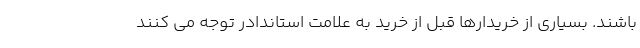
باشند. بسیاری از خریدارها قبل از خرید به علامت استاندادر توجه می کنند